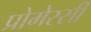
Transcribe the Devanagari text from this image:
प्रोमेस्सी